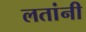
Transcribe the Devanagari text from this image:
लतांनी